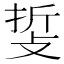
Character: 𢼺